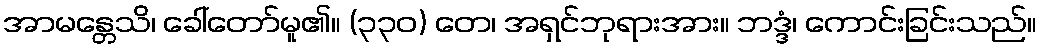
အာမန္တေသိ၊ ခေါ်တော်မူ၏။ (၃၃၀) တေ၊ အရှင်ဘုရားအား။ ဘဒ္ဒံ၊ ကောင်းခြင်းသည်။